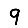
Digit: 9